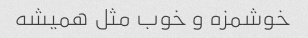
خوشمزه و خوب مثل همیشه